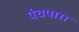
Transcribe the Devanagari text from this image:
पंचपारा